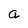
Character: a